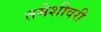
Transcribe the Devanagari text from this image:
तमेशीवरी